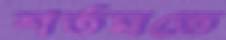
শর্তমতে